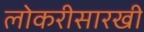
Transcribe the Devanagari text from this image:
लोकरीसारखी